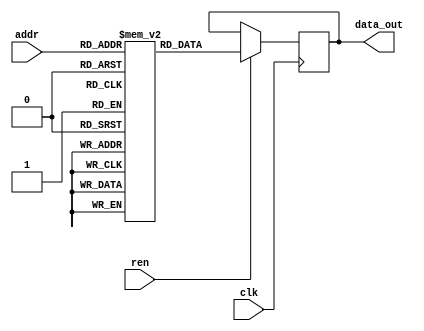
module rom_8x784 (
    input wire clk,
    input wire ren,             // ?????
    input wire [9:0] addr,      // ????
    output reg [7:0] data_out   // ????
);

    // ROM?????????784????8?
    reg [7:0] rom [0:783];

    integer i;

    // ???ROM??
    initial begin
        for (i = 0; i < 784; i = i + 1) begin
            rom[i] = (i % 28);   // ?1?28????ROM
        end
    end

    // ???
    always @(posedge clk) begin
        if (ren) begin
            data_out <= rom[addr];  // ?ROM?????????????
        end
    end

endmodule